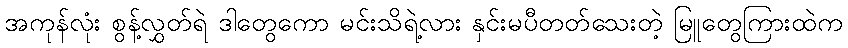
အကုန်လုံး စွန့်လွှတ်ရဲ ဒါတွေကော မင်းသိရဲ့လား နှင်းမပီတတ်သေးတဲ့ မြူတွေကြားထဲက